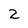
Character: 2